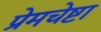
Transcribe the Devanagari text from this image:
प्रेमचेष्टा